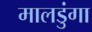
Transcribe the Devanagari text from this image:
मालडुंगा